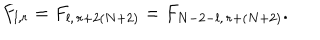
F _ { l , r } = F _ { l , \, r + 2 ( N + 2 ) } = F _ { N - 2 - l , \, r + ( N + 2 ) } .